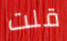
قلت